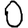
Digit: 0